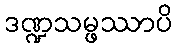
ဒဏ္ဍသမ္ဖဿာပိ